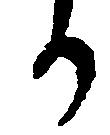
か